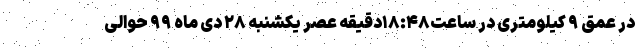
در عمق ۹ کیلومتری در ساعت۱۸:۴۸دقیقه عصر یکشنبه ۲۸ دی ماه ۹۹ حوالی